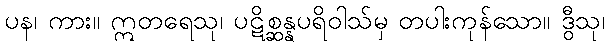
ပန၊ ကား။ ဣတရေသု၊ ပဋိစ္ဆန္နပရိဝါသ်မှ တပါးကုန်သော။ ဒွီသု၊